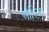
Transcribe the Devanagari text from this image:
ओरिज़ा